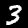
Label: 3